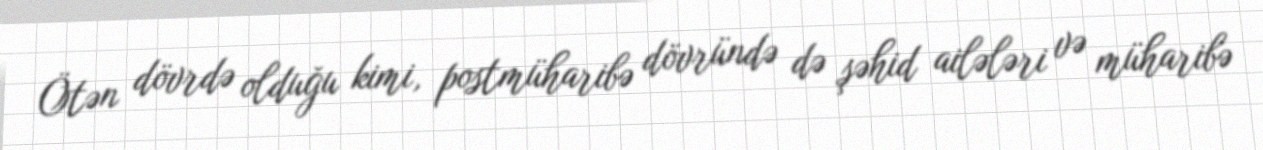
Ötən dövrdə olduğu kimi, postmüharibə dövründə də şəhid ailələri və müharibə